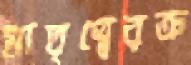
মাতৃত্বেরক্র